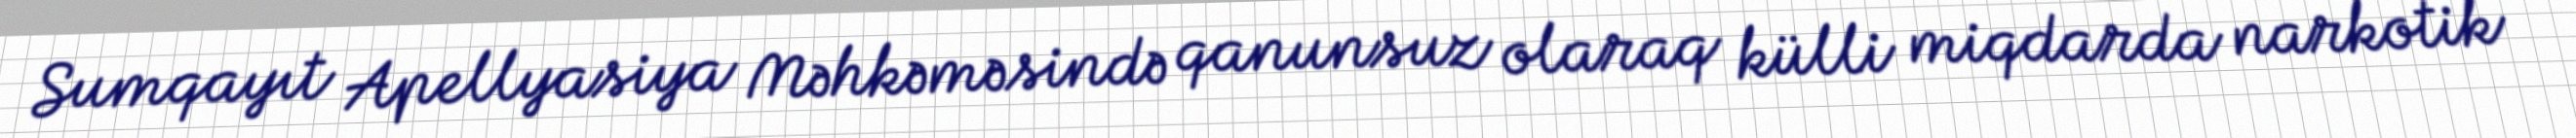
Sumqayıt Apellyasiya Məhkəməsində qanunsuz olaraq külli miqdarda narkotik